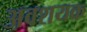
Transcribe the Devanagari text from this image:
अवशयक